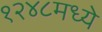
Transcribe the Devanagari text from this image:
१२४८मध्ये